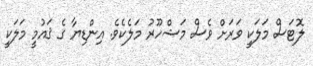
ލޮޓަސް މަލަކީ ވަރަށް ވެސް މަޝްހޫރު މަލެކެވެ. އިންޑިޔާ ގެ ޤައުމީ މަލަކީ